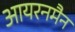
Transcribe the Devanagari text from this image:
आयरनमैन